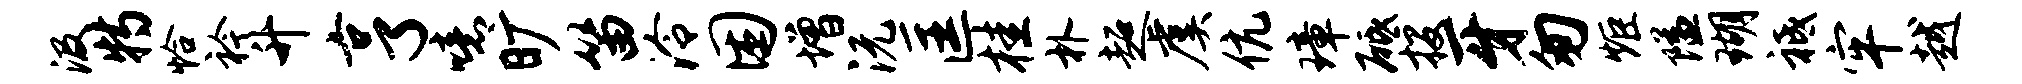
汲特恰衿升亨噫旷笛泠困增沅匡桂朴超虞伉璋砥投牙匆炬隘瑚祗牢越